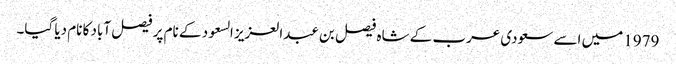
1979 میں اسے سعودی عرب کے شاہ فیصل بن عبدالعزیز السعود کے نام پر فیصل آباد کا نام دیا گیا۔